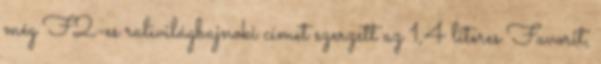
még F2-es ralivilágbajnoki címet szerzett az 1,4 literes Favorit,